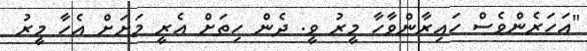
"އަހަރެންވެސް ހައިރާންވާހާ މީރު ވީ. ދެން ހިތަށް އެރީ މަށަށް އެހާ މީރު